Report of the Indian Hemp Drugs Commission, 1894-1895 - Volume V
Year: 1894
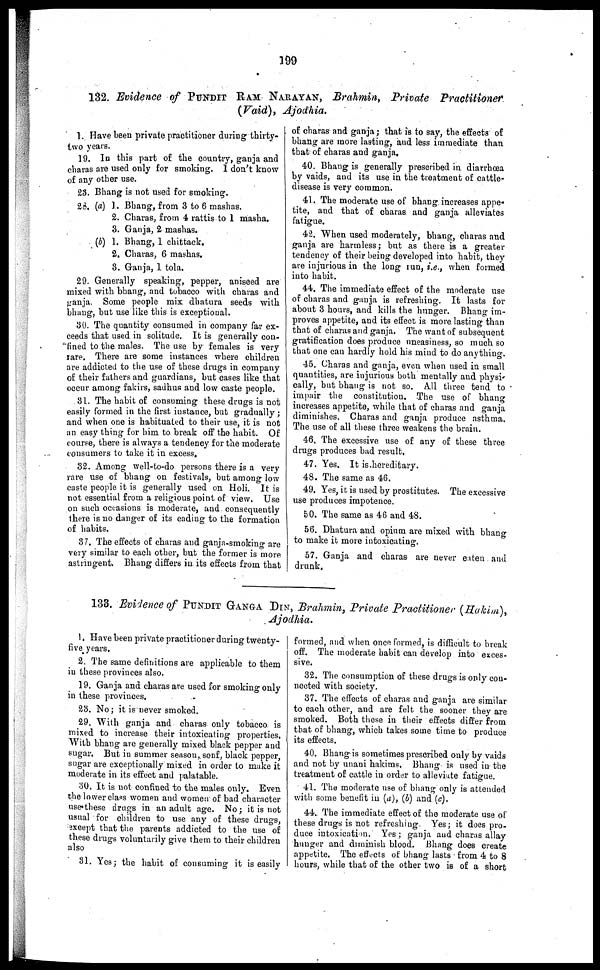
199
132. Evidence of PUNDIT RAM NARAYAN , Brahmin, Private
Practitioner
(Vaid), Ajodhia.
1. Have been private practitioner during thirty-
two years.
19. In this part of the country, ganja and
charas are used only for smoking. I don't know
of any other use.
23. Bhang is not used for smoking.
28. (a) 1. Bhang, from 3 to 6 mashas.
2. Charas, from 4 rattis to 1 masha.
3. Ganja, 2 mashas.
(4) 1. Bhang, 1 chittack.
2, Charas, 6 mashas.
3. Ganja, 1 tola.
29. Generally speaking, pepper, aniseed are
mixed with bhang, and tobacco with charas and
ganja. Some people mix dhatura seeds with
bhang, but use like this is exceptional.
30. The quantity consumed in company far ex-
ceeds that used in solitude. It is generally con-
fined to the males. The use by females is very
rare. There are some instances where children
are addicted to the use of these drugs in company
of their fathers and guardians, but cases like that
occur among fakirs, sadhus and low caste people.
31. The habit of consuming these drugs is not
easily formed in the first instance, but gradually ;
and when one is habituated to their use, it is not
an easy thing for him to break off the habit. Of
course, there is always a tendency for the moderate
consumers to take it in excess.
32. Among well-to-do persons there is a very
rare use of bhang on festivals, but among low
caste people it is generally used on Holi. It is
not essential from a religious point of view. Use
on such occasions is moderate, and consequently
there is no danger of its eading to the formation
of habits.
37. The effects of charas and ganja-smoking are
very similar to each other, but the former is more
astringent. Bhang differs in its effects from that
of charas and ganja; that is to say, the effects of
bhang are more lasting, and less immediate than
that of charas and ganja.
40. Bhang is generally prescribed in diarrhoea
by vaids, and its use in the treatment of cattle-
disease is very common.
41. The moderate use of bhang increases appe-
tite, and that of charas and ganja alleviates
fatigue.
4:2. When used moderately, bhang, charas and
ganja are harmless; but as there is a greater
tendency of their being developed into habit, they
are injurious in the long run, i.e., when formed
into habit.
44. The immediate effect of the moderate use
of charas and ganja is refreshing. It lasts for
about 3 hours, and kills the hunger. Bhang im-
proves appetite, and its effect is more lasting than
that of charas and ganja. The want of subsequent
gratification does produce uneasiness, so much so
that one can hardly hold his mind to do anything.
45. Charas and ganja, even when used in small
quantities, are injurious both mentally and physi-
cally, but bhang is not so. All three tend to
impair the constitution. The use of bhang
increases appetite, while that of charas and ganja
diminishes. Charas and ganja produce asthma.
The use of all these three weakens the brain.
46. The excessive use of any of these three
drugs produces bad result,
47. Yes. It is hereditary.
48. The same as 46.
49. Yes, it is used by prostitutes. The excessive
use produces impotence.
50. The same as 46 and 48.
56. Dhatura and opium are mixed with bhang
to make it more intoxicating.
57. Ganja and charas are never eaten and
drunk.
133. Evidence of PUNDIT GANGA DIN, Brahmin, Private Practitioner (Hakim),
Ajodhia.
1. Have been private practitioner during twenty-
five years.
2, The same definitions are applicable to them
in these provinces also.
19. Ganja and charas are used for smoking only
in these provinces.
23. No ; it is never smoked.
29. With ganja and charas only tobacco is
mixed to increase their intoxicating properties.
With bhang are generally mixed black pepper and
sugar. But in summer season, sonf, black pepper,
sugar are exceptionally mixed in order to make it
moderate in its effect and palatable.
30. It is not confined to the males only. Even
the lower class women and women of bad character
use these drugs in an adult age. No; it is not
usual for children to use any of these drugs,
except that the parents addicted to the use of
these drugs voluntarily give them to their children
also
31. Yes ; the habit of consuming it is easily
formed, and when once formed, is difficult to break
off. The moderate habit can develop into exces-
sive.
32. The consumption of these drugs is only con-
nected with society.
37. The effects of charas and ganja are similar
to each other, and are felt the sooner they are
smoked. Both these in their effects differ from
that of bhang, which takes some time to produce
its effects.
40. Bhang is sometimes prescribed only by vaids
and not by unani hakims. Bhang is used in the
treatment of cattle in order to alleviate fatigue.
41. The moderate use of bhang only is attended
with some benefit in (a), (b) and (c).
44. The immediate effect of the moderate use of
these drugs is not refreshing. Yes; it does pro-
duce intoxication. Yes ; ganja and charas allay
hunger and diminish blood. Bhang does create
appetite. The effects of bhang lasts from 4 to 8
hours, while that of the other two is of a short